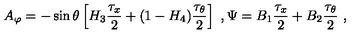
A _ { \varphi } = - \sin \theta \left[ H _ { 3 } \frac { \tau _ { x } } { 2 } + ( 1 - H _ { 4 } ) \frac { \tau _ { \theta } } { 2 } \right] \ , \Psi = B _ { 1 } \frac { \tau _ { x } } { 2 } + B _ { 2 } \frac { \tau _ { \theta } } { 2 } \ ,